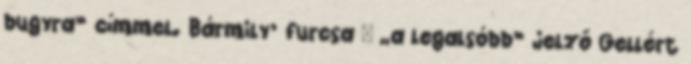
bugyra” címmel. Bármily’ furcsa – „a legalsóbb” jelző Gellért